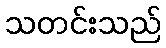
သတင်းသည်